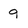
Character: 9